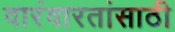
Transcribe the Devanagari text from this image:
वारंवारतांसाठी